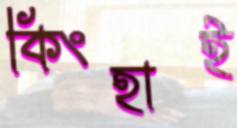
কিংহাই